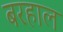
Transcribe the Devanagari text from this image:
बरहाल